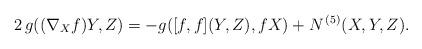
LaTeX: \begin{align*} 2\,g((\nabla_{X}{f})Y,Z)= - g([{f},{f}](Y,Z),{f} X) + N^{\,(5)}(X,Y,Z).\end{align*}